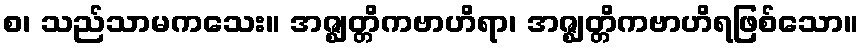
စ၊ သည်သာမကသေး။ အဇ္ဈတ္တိကဗာဟိရာ၊ အဇ္ဈတ္တိကဗာဟိရဖြစ်သော။